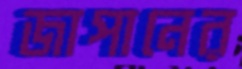
জাপানের